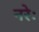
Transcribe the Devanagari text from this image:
नरेः